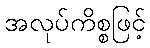
အလုပ်ကိစ္စဖြင့်